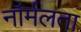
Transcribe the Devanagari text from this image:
नॉर्मलता